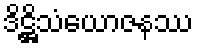
ဒိဋ္ဌိသံယောဇနဿ